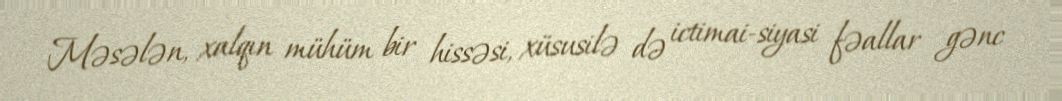
Məsələn, xalqın mühüm bir hissəsi, xüsusilə də ictimai-siyasi fəallar gənc